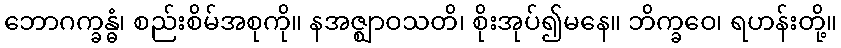
ဘောဂက္ခန္ဓံ၊ စည်းစိမ်အစုကို။ နအဇ္ဈာဝသတိ၊ စိုးအုပ်၍မနေ။ ဘိက္ခဝေ၊ ရဟန်းတို့။